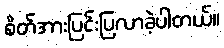
စိတ်အားပြင်းပြလာခဲ့ပါတယ်။